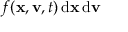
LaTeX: f ( \mathbf { x } , \mathbf { v } , t ) \, { \mathrm { d } } \mathbf { x } \, { \mathrm { d } } \mathbf { v }